Civil Veterinary Dept. Assam report 1911-1927 - 1911-1927
Year: 1911
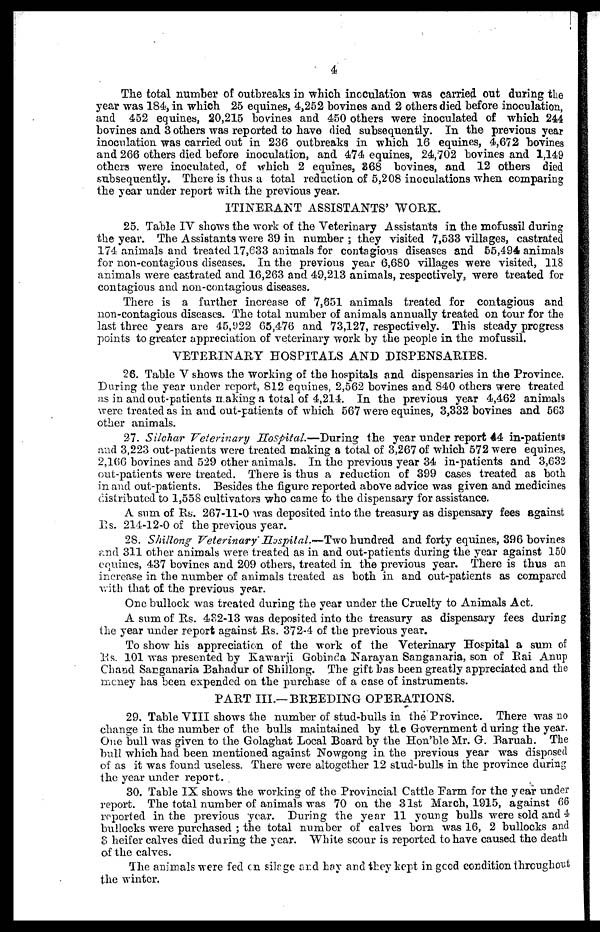
4
The total number of outbreaks in which inoculation was carried out during the
year was 184, in which 25 equines, 4,252 bovines and 2 others died before inoculation,
and 452 equines, 20,215 bovines and 450 others were inoculated of which 244
bovines and 3 others was reported to have died subsequently. In the previous year
inoculation was carried out in 236 outbreaks in which 16 equines, 4,672 bovines
and 266 others died before inoculation, and 474 equines, 24,702 bovines and 1,149
others were inoculated, of which 2 equines, 868 bovines, and 12 others died
subsequently. There is thus a total reduction of 5,208 inoculations when comparing
the year under report with the previous year.
ITINERANT ASSISTANTS' WORK.
25. Table IV shows the work of the Veterinary Assistants in the mofussil during
the year. The Assistants were 39 in number; they visited 7,533 villages, castrated
174 animals and treated 17,633 animals for contagious diseases and 55,494 animals
for non-contagious diseases. In the previous year 6,680 villages were visited, 118
animals were castrated and 16,263 and 49,213 animals, respectively, were treated for
contagious and non-contagious diseases.
There is a further increase of 7,651 animals treated for contagious and
non-contagious diseases. The total number of animals annually treated on tour for the
last three years are 45,922 65,476 and 73,127, respectively. This steady progress
points to greater appreciation of veterinary work by the people in the mofussil.
VETERINARY HOSPITALS AND DISPENSARIES.
26. Table V shows the working of the hospitals and dispensaries in the Province.
During the year under report, 812 equines, 2,562 bovines and 840 others were treated
as in and out-patients making a total of 4,214. In the previous year 4,462 animals
were treated as in and out-patients of which 567 were equines, 3,332 bovines and 563
other animals.
27. Silchar Veterinary Hospital.—During the year under report 44 in-patients
and 3,223 out-patients were treated making a total of 3,267 of which 572 were equines,
2,166 bovines and 529 other animals. In the previous year 34 in-patients and 3,632
out-patients were treated. There is thus a reduction of 399 cases treated as both
in and out-patients. Besides the figure reported above advice was given and medicines
distributed to 1,558 cultivators who came to the dispensary for assistance.
A sum of Rs. 267-11-0 was deposited into the treasury as dispensary fees against
Rs. 214-12-0 of the previous year.
28. Shillong VeterinaryHospital—Two
hundred and forty equines, 396 bovines
and 311 other animals were treated as in and out-patients during the year against 150
equines, 437 bovines and 209 others, treated in the previous year. There is thus an
increase in the number of animals treated as both in and out-patients as compared
with that of the previous year.
One bullock was treated during the year under the Cruelty to Animals Act.
A sum of Rs. 482-13 was deposited into the treasury as dispensary fees during
the year under report against Rs. 372-4 of the previous year.
To show his appreciation of the work of the Veterinary Hospital a sum of
Rs. 101 was presented by Kawarji Gobinda Narayan Sanganaria, son of Rai Anup
Chand Sarganaria Bahadur of Shillong. The gift has been greatly appreciated and the
money has been expended on the purchase of a case of instruments.
PART III.—BREEDING OPERATIONS.
29. Table VIII shows the number of stud-bulls in the Province. There was no
change in the number of the bulls maintained by the Government during the year.
One bull was given to the Golaghat Local Board by the Hon'bleMr. G. Baruah. The
bull which had been mentioned against Nowgong in the previous year was disposed
of as it was found useless. There were altogether 12 stud -bulls in the province during
the year under report.
30. Table IX shows the working of the Provincial Cattle Farm for the year under
report. The total number of animals was 70 on the 31st March, 1915, against 66
reported in the previous year. During the year 11 young bulls were sold and 4
bullocks were purchased ; the total number of calves born was 16, 2 bullocks and
3 heifer calves died during the year. White scour is reported to have caused the death
of the calves.
The animals were fed on silrge and hay and they kept in good condition throughout
the winter.